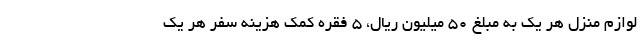
لوازم منزل هر یک به مبلغ 50 میلیون ریال، 5 فقره کمک هزینه سفر هر یک